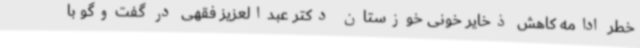
خطر ادامه کاهش ذخایر خونی خوزستان دکتر عبدالعزیز فقهی در گفت‌وگو با